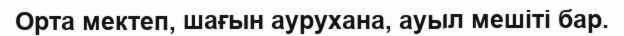
Орта мектеп, шағын аурухана, ауыл мешіті бар.